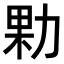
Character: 𭄰